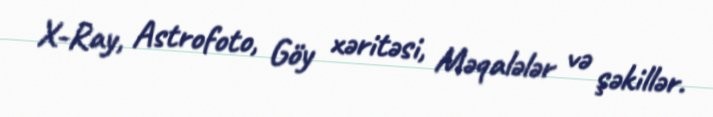
X-Ray, Astrofoto, Göy xəritəsi, Məqalələr və şəkillər.